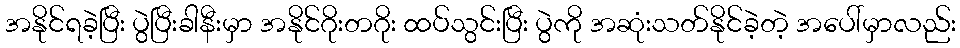
အနိုင်ရခဲ့ပြီး ပွဲပြီးခါနီးမှာ အနိုင်ဂိုးတဂိုး ထပ်သွင်းပြီး ပွဲကို အဆုံးသတ်နိုင်ခဲ့တဲ့ အပေါ်မှာလည်း